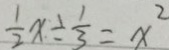
\frac { 1 } { 2 } x \div \frac { 1 } { 3 } = x ^ { 2 }